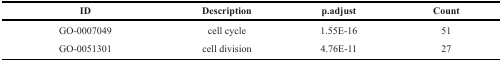
<table><thead><tr><td><b>ID</b></td><td><b>Description</b></td><td><b>p.adjust</b></td><td><b>Count</b></td></tr></thead><tbody><tr><td>GO-0007049</td><td>cell cycle</td><td>1.55E-16</td><td>51</td></tr><tr><td>GO-0051301</td><td>cell division</td><td>4.76E-11</td><td>27</td></tr></tbody></table>